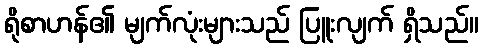
ရိုစာဟန်၏ မျက်လုံးများသည် ပြူးလျက် ရှိသည်။